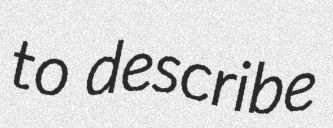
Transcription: to describe